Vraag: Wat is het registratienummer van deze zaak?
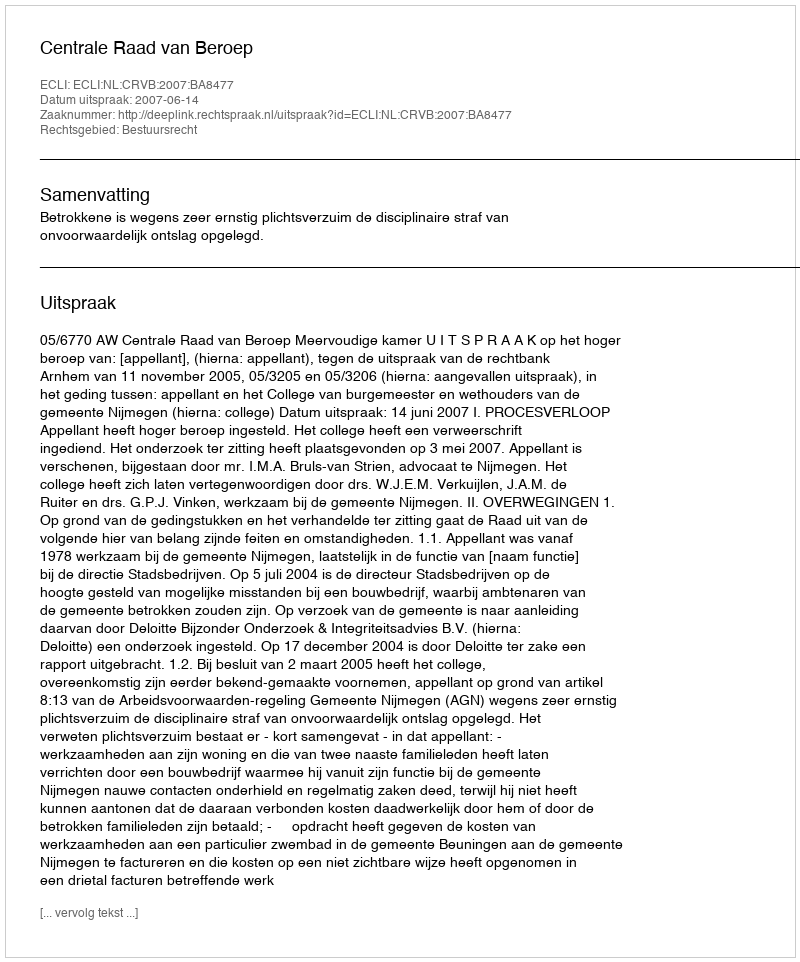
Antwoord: http://deeplink.rechtspraak.nl/uitspraak?id=ECLI:NL:CRVB:2007:BA8477